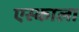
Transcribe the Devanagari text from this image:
एस्काला